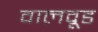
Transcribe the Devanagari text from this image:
वालवूड